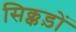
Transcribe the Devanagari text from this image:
सिक्कड़ों